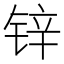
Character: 锌